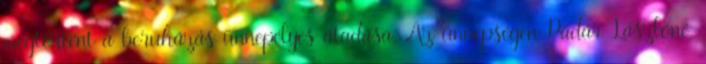
megtörtént a beruházás ünnepélyes átadása. Az ünnepségen Pádár Lászlóné,